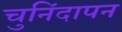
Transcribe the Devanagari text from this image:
चुनिंदापन